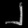
Digit: ၂